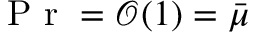
\mathrm { ~ P ~ r ~ } = \mathcal { O } ( 1 ) = \bar { \mu }